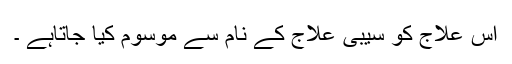
اس علاج کو سیبی علاج کے نام سے موسوم کیا جاتاہے ۔